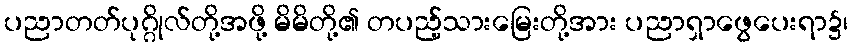
ပညာတတ်ပုဂ္ဂိုလ်တို့အဖို့ မိမိတို့၏ တပည့်သားမြေးတို့အား ပညာရှာဖွေပေးရာ၌၊